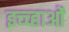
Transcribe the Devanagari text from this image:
इच्च्हाओं